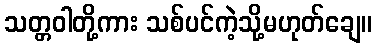
သတ္တဝါတို့ကား သစ်ပင်ကဲ့သို့မဟုတ်ချေ။